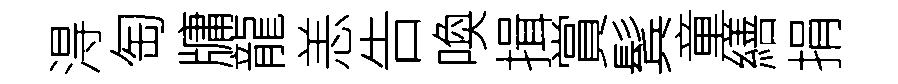
淂匋牗龍恙告喚揖賞鬂童繕捐